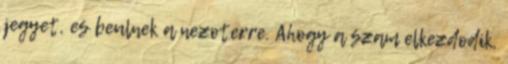
jegyet, es beulnek a nezoterre. Ahogy a szam elkezdodik,